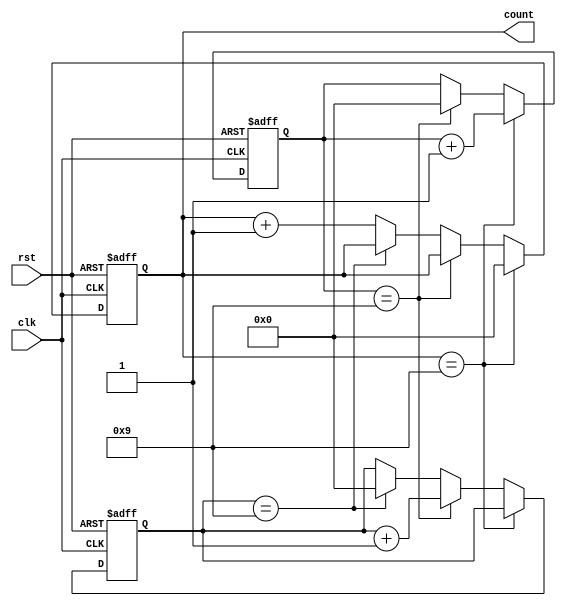
module cascaded_counter(
    input wire clk,
    input wire rst,
    output reg [3:0] count
);

reg [3:0] stage1_count;
reg [3:0] stage2_count;
reg [3:0] stage3_count;

always @(posedge clk or posedge rst) begin
    if (rst) begin
        stage1_count <= 4'b0000;
        stage2_count <= 4'b0000;
        stage3_count <= 4'b0000;
    end else begin
        if (stage1_count == 4'b1001) begin
            stage1_count <= 4'b0000;
            stage2_count <= stage2_count + 1;
        end else if (stage2_count == 4'b1001) begin
            stage2_count <= 4'b0000;
            stage3_count <= stage3_count + 1;
        end else if (stage3_count == 4'b1001) begin
            stage3_count <= 4'b0000;
        end else begin
            stage1_count <= stage1_count + 1;
        end
    end
end

assign count = {stage3_count, stage2_count, stage1_count};

endmodule